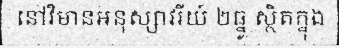
នៅវិមានអនុស្សាវរីយ៍ ២ធ្នូ ស្ថិតក្នុង